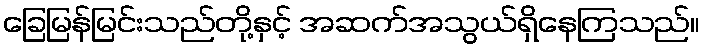
ခြေမြန်မြင်းသည်တို့နှင့် အဆက်အသွယ်ရှိနေကြသည်။